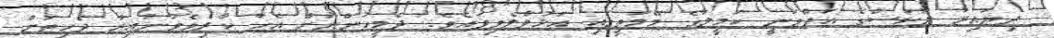
ދިޔައިރު ލޫކަސްގެ އަތްވަނީ ކަމީލާގެ މޭމަތީގައި އަޅުވާލެވިފައެވެ. ދެމީހުންނަށް އެހާ ކާރިވެވުނުއިރު ދެހިތަށް